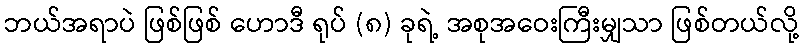
ဘယ်အရာပဲ ဖြစ်ဖြစ် ဟောဒီ ရုပ် (၈) ခုရဲ့ အစုအဝေးကြီးမျှသာ ဖြစ်တယ်လို့